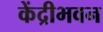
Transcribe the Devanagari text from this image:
केंद्रीभवन